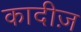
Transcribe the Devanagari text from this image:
कादीज़